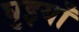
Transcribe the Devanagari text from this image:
घुइयाँ